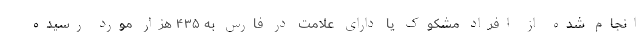
انجام شده از افراد مشکوک یا دارای علامت در فارس به ۴۳۵ هزار مورد رسیده